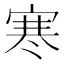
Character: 寒